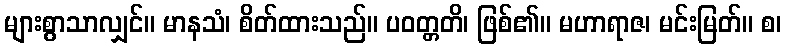
များစွာသာလျှင်။ မာနသံ၊ စိတ်ထားသည်။ ပဝတ္တတိ၊ ဖြစ်၏။ မဟာရာဇ၊ မင်းမြတ်။ စ၊